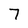
Character: 7